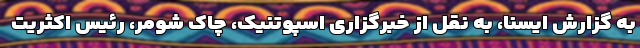
به گزارش ایسنا، به نقل از خبرگزاری اسپوتنیک، چاک شومر، رئیس اکثریت